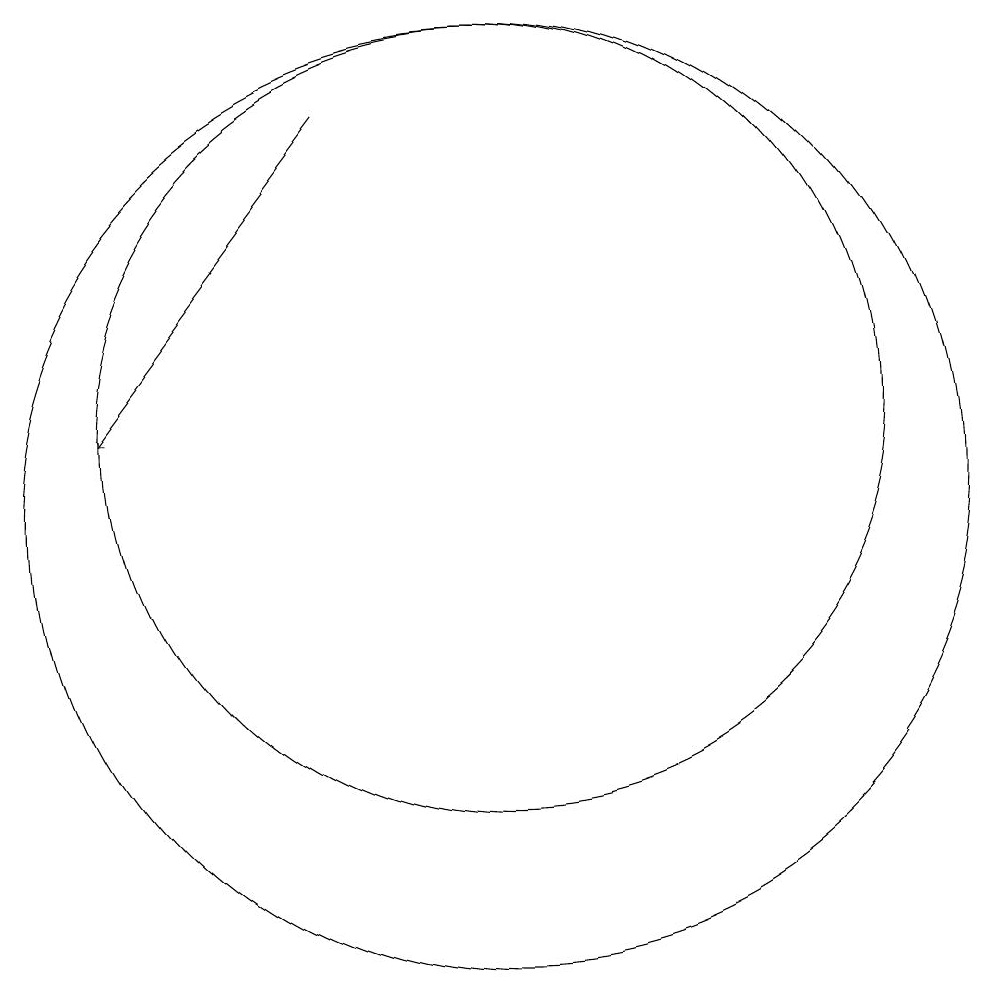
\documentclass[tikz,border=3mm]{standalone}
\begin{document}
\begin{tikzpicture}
\draw[->] (9,16) -- (6,12);
\draw (11,12) circle (5);
\draw (10,10) circle (0);
\draw (10,12) circle (0);
\draw (11,11) circle (6);
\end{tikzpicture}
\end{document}